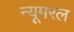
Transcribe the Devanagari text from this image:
न्यूमरल